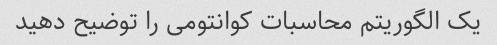
یک الگوریتم محاسبات کوانتومی را توضیح دهید